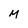
Character: M